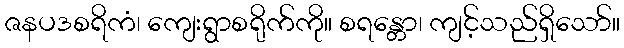
ဇနပဒစရိကံ၊ ကျေးရွာစရိုက်ကို။ စရန္တော၊ ကျင့်သည်ရှိသော်။